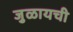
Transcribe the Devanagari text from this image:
जुळायची